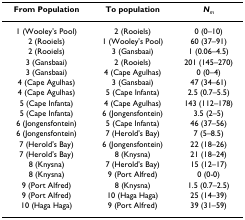
| From Population | To population | Nm |
 | --- | --- | --- |
 | 1 (Wooley's Pool) | 2 (Rooiels) | 0 (0–10) |
 | 2 (Rooiels) | 1 (Wooley's Pool) | 60 (37–91) |
 | 2 (Rooiels) | 3 (Gansbaai) | 1 (0.06–4.5) |
 | 3 (Gansbaai) | 2 (Rooiels) | 201 (145–270) |
 | 3 (Gansbaai) | 4 (Cape Agulhas) | 0 (0–4) |
 | 4 (Cape Agulhas) | 3 (Gansbaai) | 47 (34–61) |
 | 4 (Cape Agulhas) | 5 (Cape Infanta) | 2.5 (0.7–5.5) |
 | 5 (Cape Infanta) | 4 (Cape Agulhas) | 143 (112–178) |
 | 5 (Cape Infanta) | 6 (Jongensfontein) | 3.5 (2–5) |
 | 6 (Jongensfontein) | 5 (Cape Infanta) | 46 (37–56) |
 | 6 (Jongensfontein) | 7 (Herold's Bay) | 7 (5–8.5) |
 | 7 (Herold's Bay) | 6 (Jongensfontein) | 22 (18–26) |
 | 7 (Herold's Bay) | 8 (Knysna) | 21 (18–24) |
 | 8 (Knysna) | 7 (Herold's Bay) | 15 (12–17) |
 | 8 (Knysna) | 9 (Port Alfred) | 0 (0-0) |
 | 9 (Port Alfred) | 8 (Knysna) | 1.5 (0.7–2.5) |
 | 9 (Port Alfred) | 10 (Haga Haga) | 25 (14–39) |
 | 10 (Haga Haga) | 9 (Port Alfred) | 39 (31–59) |